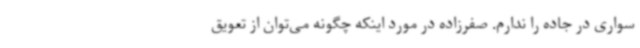
سواری در جاده را ندارم. صفرزاده در مورد اینکه چگونه می‌توان از تعویق